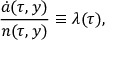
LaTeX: \frac { \dot { a } ( \tau , y ) } { n ( \tau , y ) } \equiv \lambda ( \tau ) ,